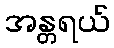
အန္တရယ်